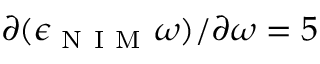
\partial ( \epsilon _ { \mathrm { ~ N ~ I ~ M ~ } } \omega ) / \partial \omega = 5